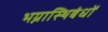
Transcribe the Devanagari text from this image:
भग्नास्थिबंधों